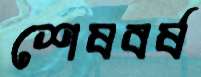
শেষবর্ষ